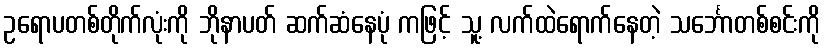
ဥရောပတစ်တိုက်လုံးကို ဘိုနာပတ် ဆက်ဆံနေပုံ ကဖြင့် သူ့ လက်ထဲရောက်နေတဲ့ သင်္ဘောတစ်စင်းကို